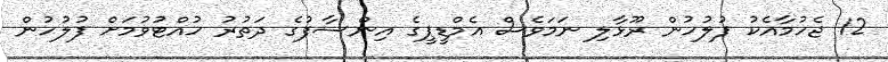
12 ޖެހުމާއެކު ފުލުހުން ރޫޅާލި ނަމަވެސް އެމްޑީޕީގެ އިންސާފުގެ ދަތުރު ހުއްޓުވުމަށް ފުލުހުން